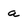
Character: a